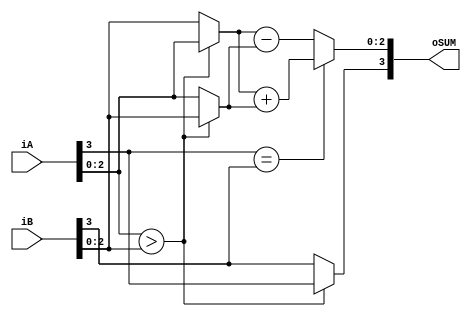
module smag_adder
	#(
		parameter N = 4
	)
	(
		input wire [N-1:0] iA, iB,
		output reg [N-1:0] oSUM
	);

	// signal declaration
	reg [N-2:0] mag_a, mag_b, mag_sum, max, min;
	reg sign_a, sign_b, sign_sum;

	// body
	always @*
	begin
		// separate magnitude and sign
		mag_a = iA[N-2:0];
		mag_b = iB[N-2:0];
		sign_a = iA[N-1];
		sign_b = iB[N-1];
		// sort according to magnitude
		if (mag_a > mag_b)
			begin
				max = mag_a;
				min = mag_b;
				sign_sum = sign_a;
			end
		else
			begin
				max = mag_b;
				min = mag_a;
				sign_sum = sign_b;
			end
		// add/subtract magnitude
		if (sign_a == sign_b)
			mag_sum = max + min;
		else
			mag_sum = max - min;
		// form output
		oSUM = {sign_sum, mag_sum};
	end
endmodule